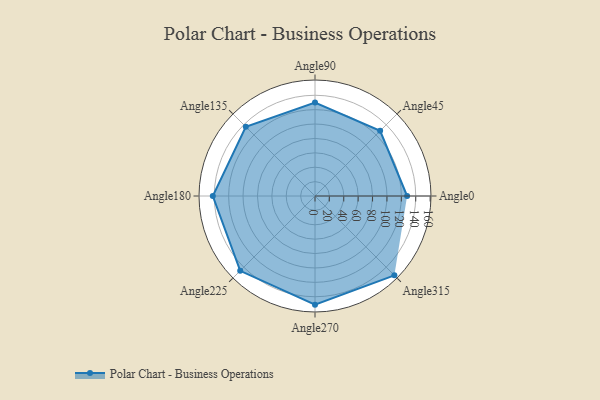
{"axis": {"x": "Angle", "y": "Radius"}, "legend": [""], "data": [{"x": "Angle0", "y": 128.0, "type": ""}, {"x": "Angle45", "y": 128.0, "type": ""}, {"x": "Angle90", "y": 130.0, "type": ""}, {"x": "Angle135", "y": 136.0, "type": ""}, {"x": "Angle180", "y": 142.0, "type": ""}, {"x": "Angle225", "y": 147.0, "type": ""}, {"x": "Angle270", "y": 151.0, "type": ""}, {"x": "Angle315", "y": 156.0, "type": ""}]}